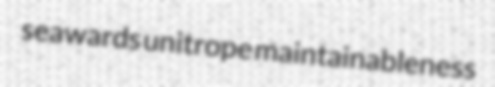
seawards unitrope maintainableness